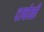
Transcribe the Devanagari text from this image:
दाबोळी